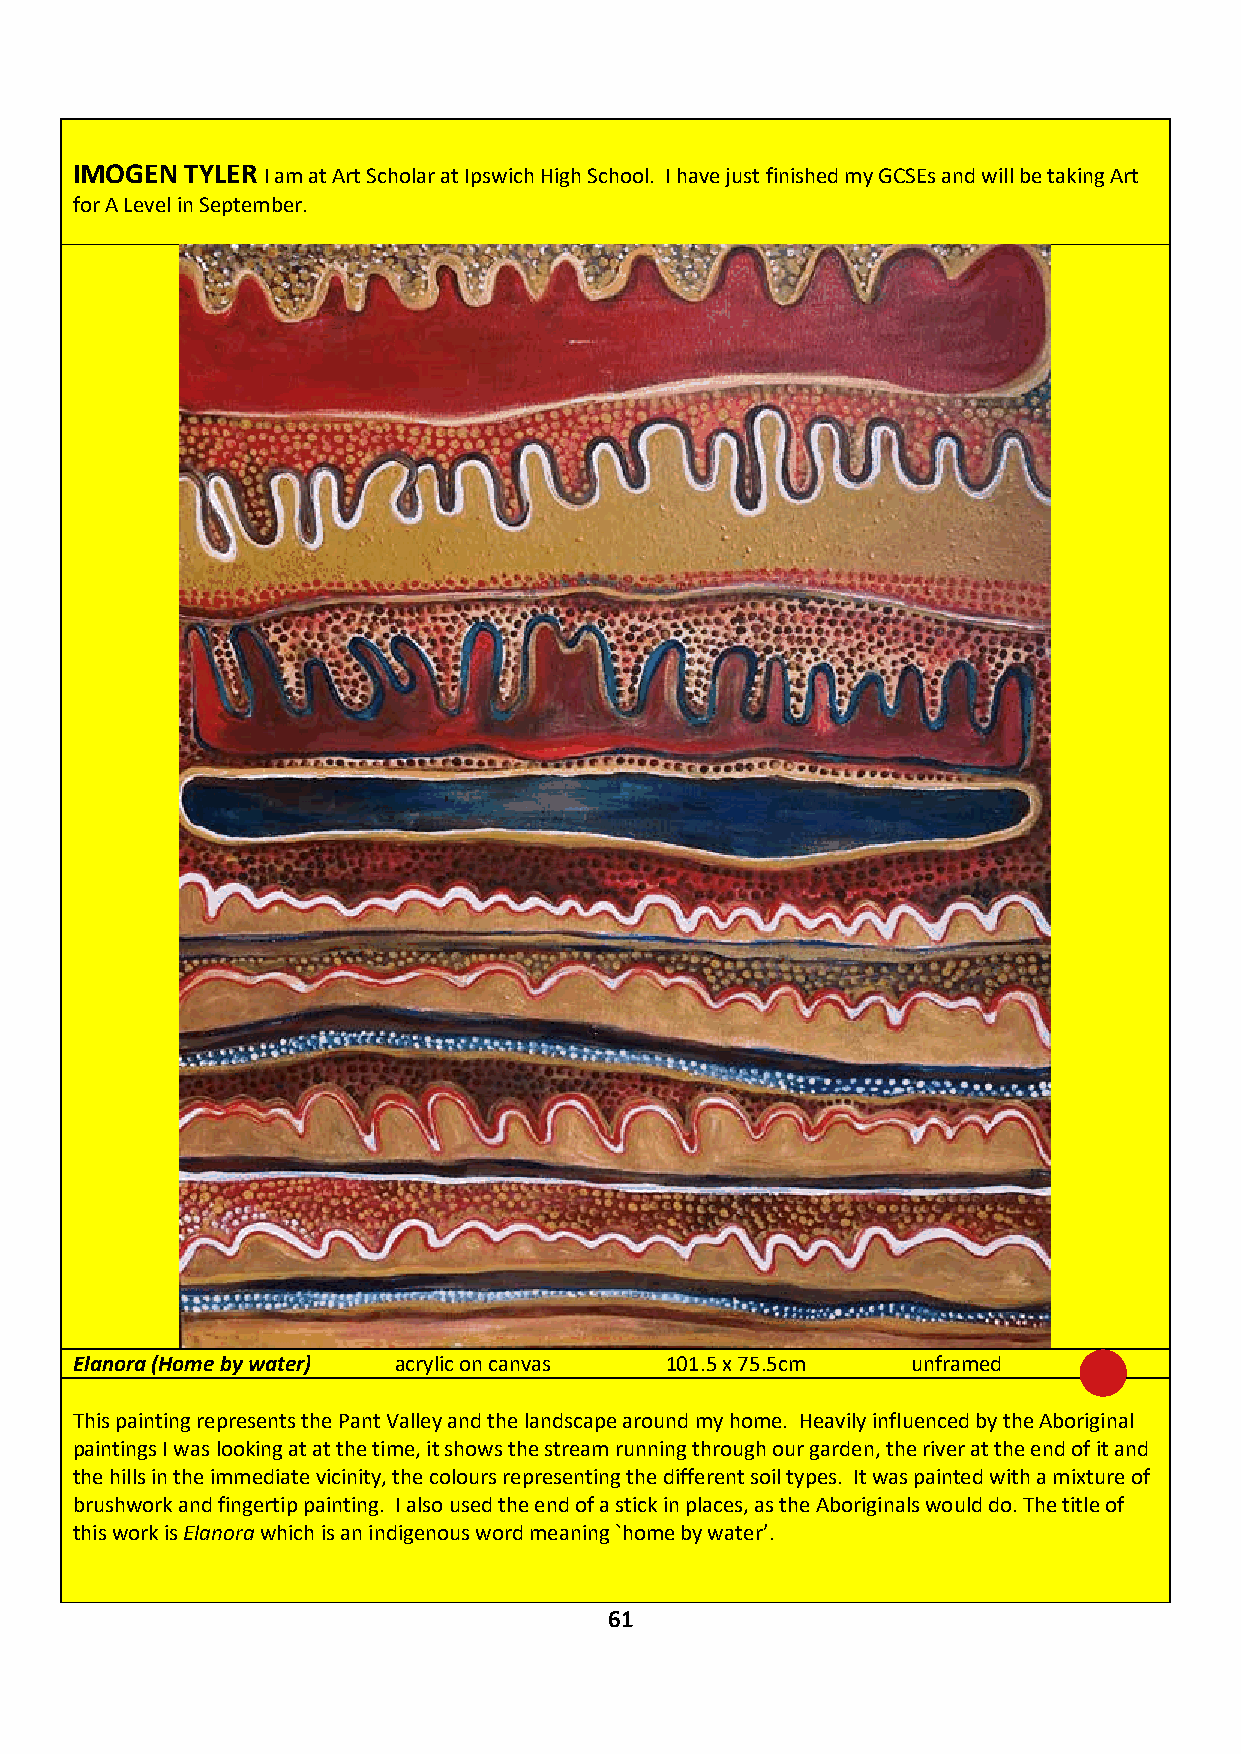
IMOGEN TYLER I am at Art Scholar at Ipswich High School. I have just finished my GCSEs and will be taking Art
 for A Level in September.
 Elanora (Home by water) acrylic on canvas 101.5 x 75.5cm unframed   £190
 This painting represents the Pant Valley and the landscape around my home. Heavily influenced by the Aboriginal
 paintings I was looking at at the time, it shows the stream running through our garden, the river at the end of it and
 the hills in the immediate vicinity, the colours representing the different soil types. It was painted with a mixture of
 brushwork and fingertip painting. I also used the end of a stick in places, as the Aboriginals would do. The title of
 this work is Elanora which is an indigenous word meaning `home by water’.
 IF YOU ARE INTERESTED IN BUYING THIS WORK CONTACT: JAMES GLENNIE – 07799 307 437
 61